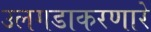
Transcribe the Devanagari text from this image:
उलगडाकरणारे